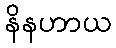
နိနဟာယ